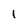
Character: 1